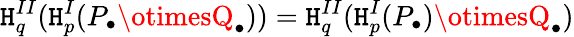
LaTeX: \mathtt{H}_{q}^{II}(\mathtt{H}_{p}^{I}(P_{\bullet}\otimesQ_{\bullet}))=\mathtt{H}_{q}^{II}(\mathtt{H}_{p}^{I}(P_{\bullet})\otimesQ_{\bullet})